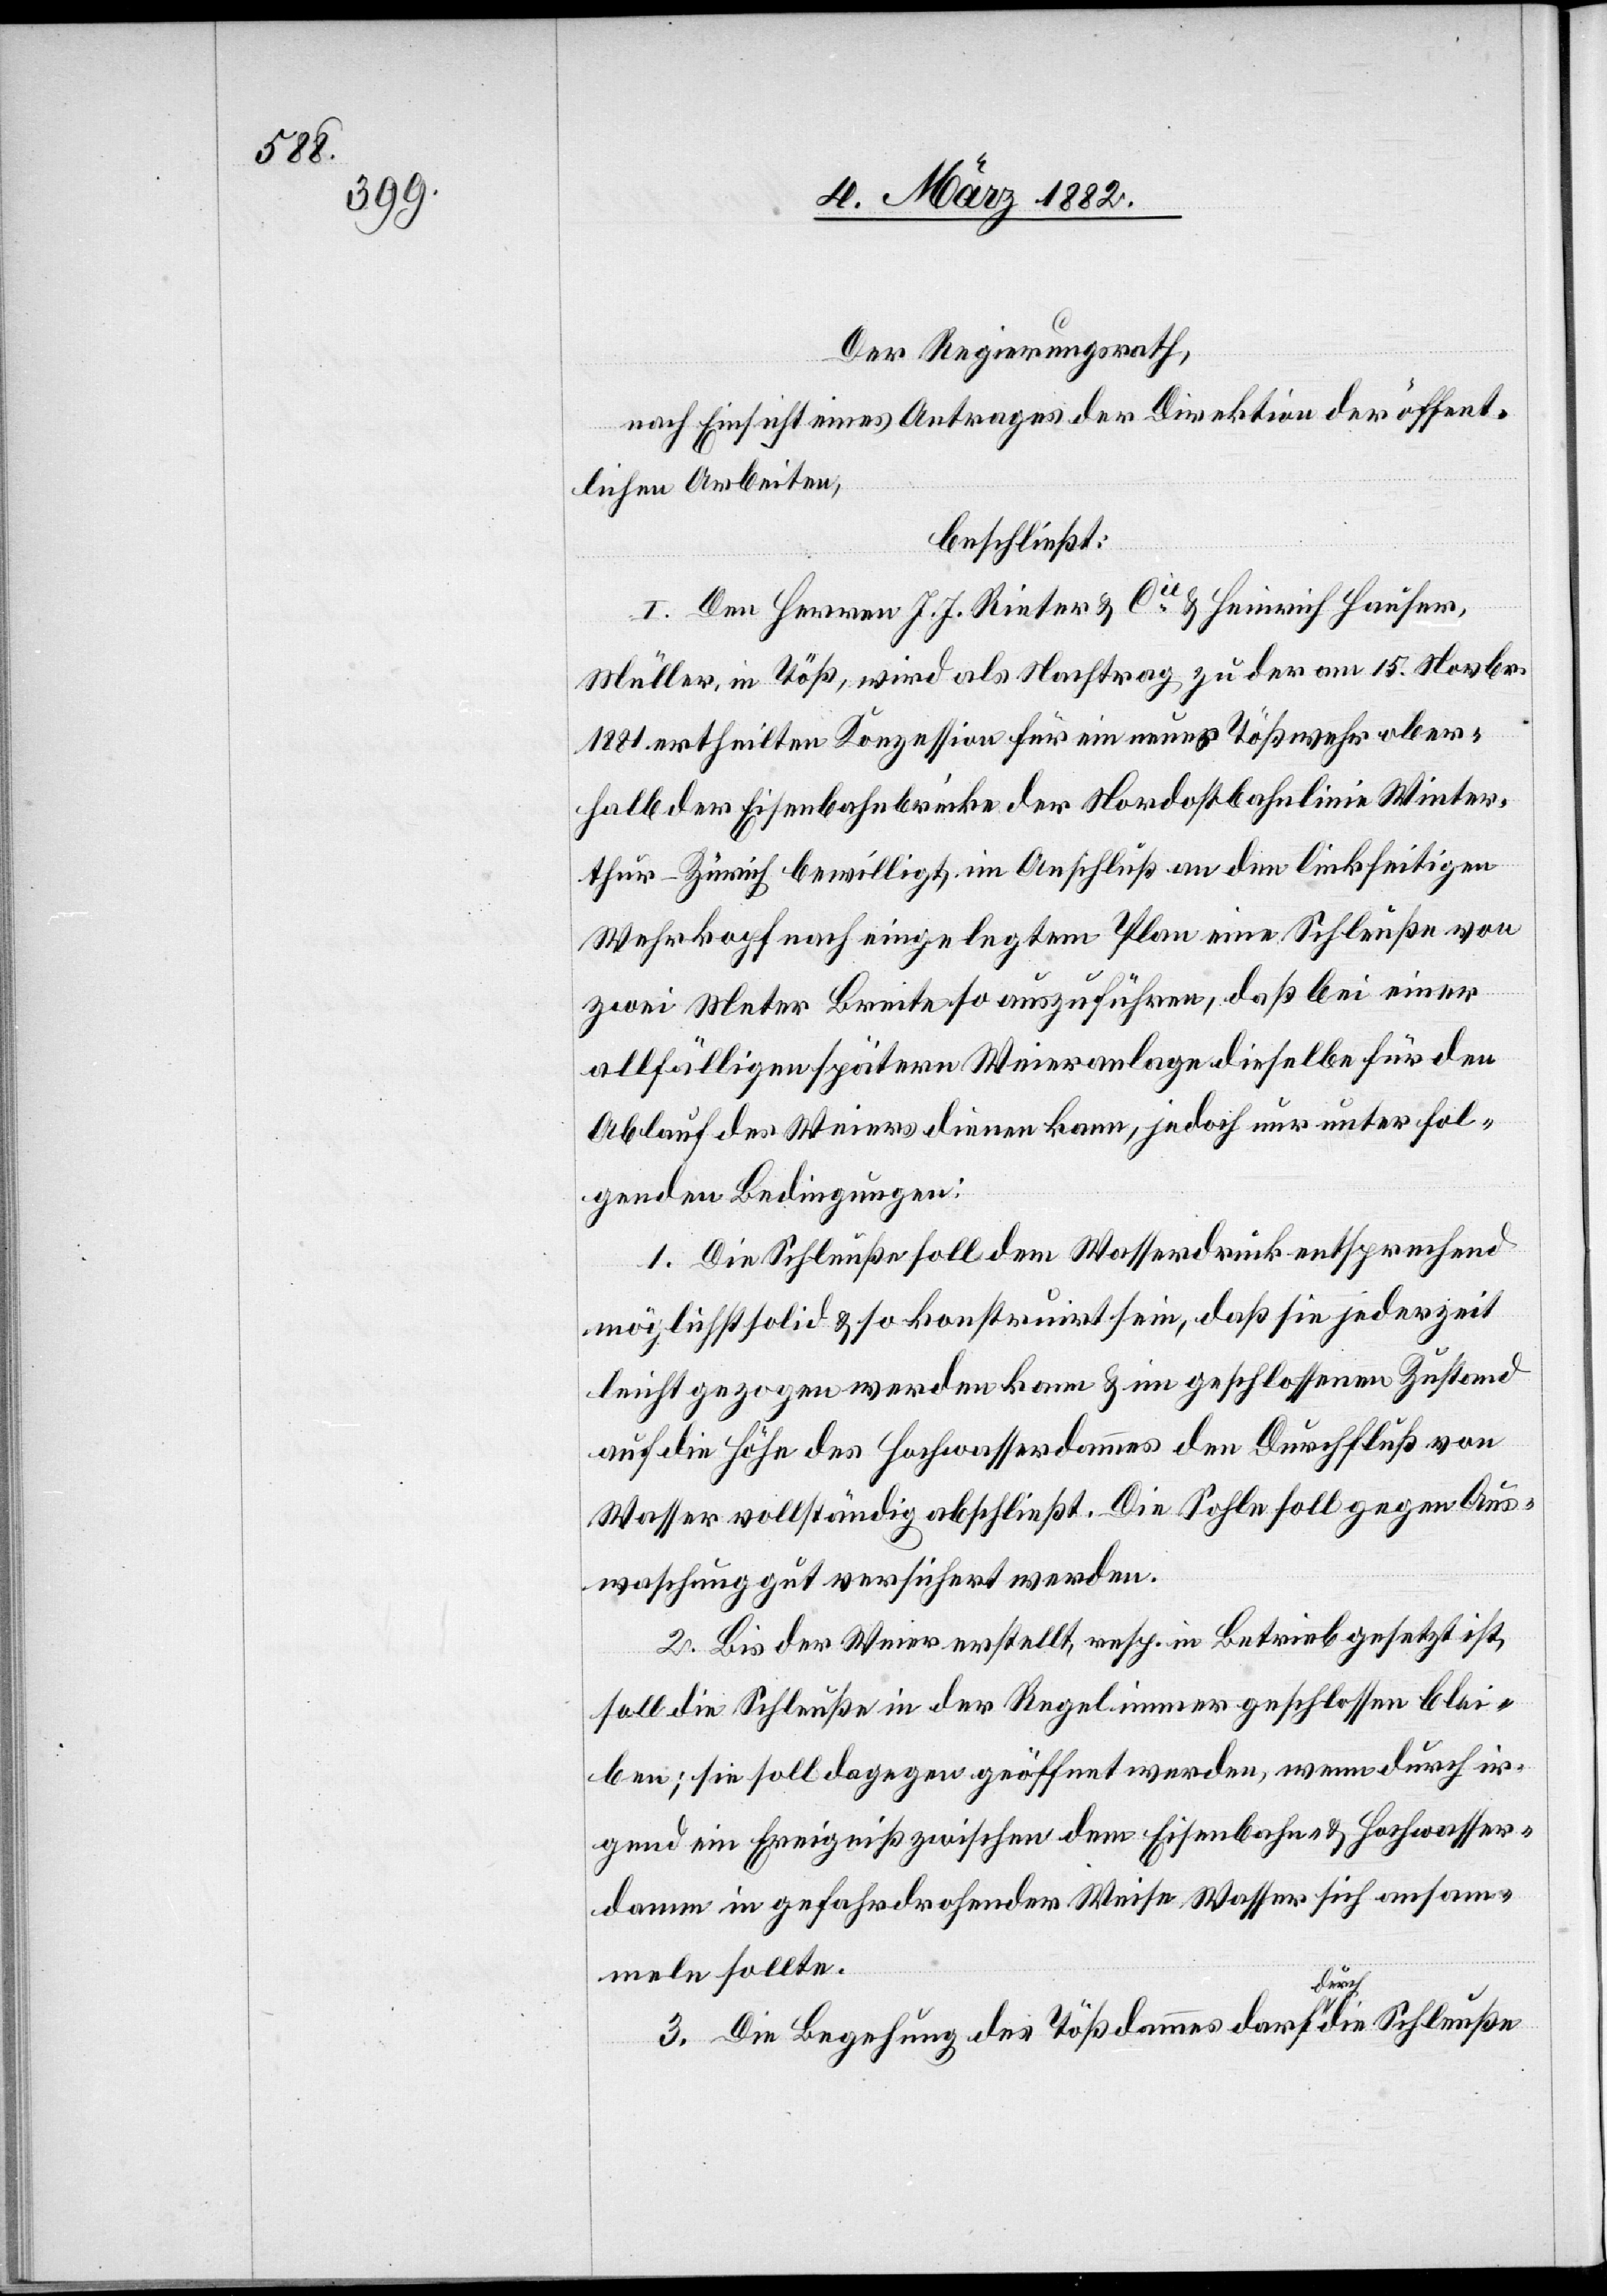
Der Regierungsrath,
nach Einsicht eines Antrages der Direktion der öffent¬
lichen Arbeiten,
beschließt:
I. Den Herren J. J. Rieter & Cie & Heinrich Hauser,
Müller, in Töß, wird als Nachtrag zu der am 15. Novbr.
1881 ertheilten Konzession für ein neues Tößwehr ober¬
halb der Eisenbahnbrücke der Nordostbahnlinie Winter¬
thur–Zürich bewilligt, im Anschluß an den linksseitigen
Wehrkopf nach eingelegtem Plan eine Schleuße von
zwei Meter Breite so auszuführen, daß bei einer
allfälligen späteren Weieranlage dieselbe für den
Ablauf des Weiers dienen kann, jedoch nur unter fol¬
genden Bedingungen:
1. Die Schleuße soll dem Wasserdruck entsprechen
möglichst solid & so konstruirt sein, daß sie jederzeit
leicht gezogen werden kann & im geschlossenen Zustand
auf die Höhe des Hochwasserdammes den Durchfluß von
Wasser vollständig abschließt. Die Sohle soll gegen Aus¬
waschung gut versichert werden.
2. Bis der Weier erstellt, resp. in Betrieb gesetzt ist,
soll die Schleuße in der Regel immer geschlossen blei¬
ben; sie soll dagegen geöffnet werden, wenn durch ir¬
gend ein Ereigniß zwischen dem Eisenbahn- & Hochwasser¬
damm in gefahrdrohender Weise Wasser sich ansam¬
meln sollte.
3. Die Begehung des Tößdammes darf durch die Schleuße